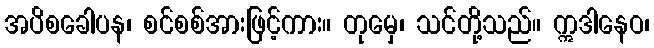
အပိစခေါပန၊ စင်စစ်အားဖြင့်ကား။ တုမှေ၊ သင်တို့သည်။ ဣဒါနေဝ၊